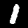
Label: 1